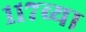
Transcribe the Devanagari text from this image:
११७व्या